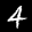
Label: 4